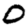
Digit: 0